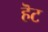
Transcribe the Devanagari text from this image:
हॆट